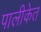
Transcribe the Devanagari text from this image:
पालीकेत